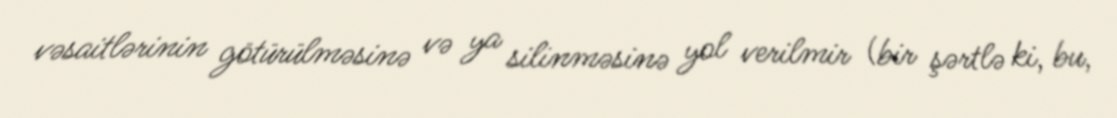
vəsaitlərinin götürülməsinə və ya silinməsinə yol verilmir (bir şərtlə ki, bu,